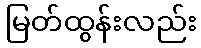
မြတ်ထွန်းလည်း